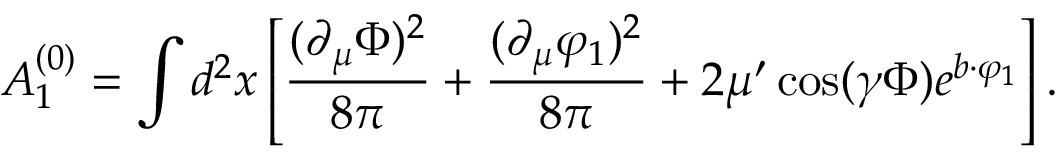
{ \cal A } _ { 1 } ^ { ( 0 ) } = \int d ^ { 2 } x \left[ \frac { ( \partial _ { \mu } \Phi ) ^ { 2 } } { 8 \pi } + \frac { ( \partial _ { \mu } \varphi _ { 1 } ) ^ { 2 } } { 8 \pi } + 2 \mu ^ { \prime } \cos ( \gamma \Phi ) e ^ { b \cdot \varphi _ { 1 } } \right] .